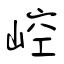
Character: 崆